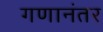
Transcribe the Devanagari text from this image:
गणानंतर